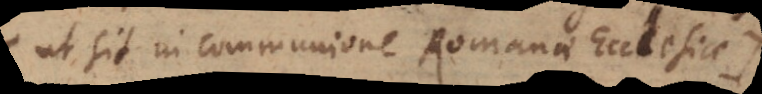
ut sit in communione Romanae Ecclesiae